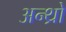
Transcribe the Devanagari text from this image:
अन्थ्रो